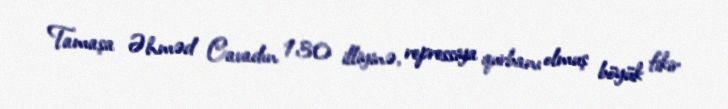
Tamaşa Əhməd Cavadın 130 illiyinə, repressiya qurbanı olmuş böyük fikir